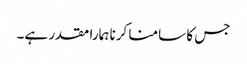
جس کا سامنا کرنا ہمارا مقدر ہے۔